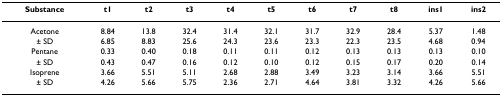
<table><thead><tr><td><b>Substance</b></td><td><b>t1</b></td><td><b>t2</b></td><td><b>t3</b></td><td><b>t4</b></td><td><b>t5</b></td><td><b>t6</b></td><td><b>t7</b></td><td><b>t8</b></td><td><b>ins1</b></td><td><b>ins2</b></td></tr></thead><tbody><tr><td>Acetone</td><td>8.84</td><td>13.8</td><td>32.4</td><td>31.4</td><td>32.1</td><td>31.7</td><td>32.9</td><td>28.4</td><td>5.37</td><td>1.48</td></tr><tr><td>± SD</td><td>6.85</td><td>8.83</td><td>25.6</td><td>24.3</td><td>23.6</td><td>23.3</td><td>22.3</td><td>23.5</td><td>4.68</td><td>0.94</td></tr><tr><td>Pentane</td><td>0.33</td><td>0.40</td><td>0.18</td><td>0.11</td><td>0.11</td><td>0.12</td><td>0.13</td><td>0.13</td><td>0.13</td><td>0.10</td></tr><tr><td>± SD</td><td>0.43</td><td>0.47</td><td>0.16</td><td>0.12</td><td>0.10</td><td>0.12</td><td>0.15</td><td>0.17</td><td>0.20</td><td>0.14</td></tr><tr><td>Isoprene</td><td>3.66</td><td>5.51</td><td>5.11</td><td>2.68</td><td>2.88</td><td>3.49</td><td>3.23</td><td>3.14</td><td>3.66</td><td>5.51</td></tr><tr><td>± SD</td><td>4.26</td><td>5.66</td><td>5.75</td><td>2.36</td><td>2.71</td><td>4.64</td><td>3.81</td><td>3.32</td><td>4.26</td><td>5.66</td></tr></tbody></table>